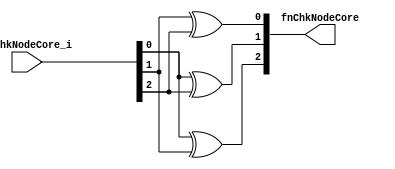
module module_fnChkNodeCore(fnChkNodeCore_i,
			    fnChkNodeCore);
  // value method fnChkNodeCore
  input  [2 : 0] fnChkNodeCore_i;
  output [2 : 0] fnChkNodeCore;

  // signals for module outputs
  wire [2 : 0] fnChkNodeCore;

  // value method fnChkNodeCore
  assign fnChkNodeCore =
	     { fnChkNodeCore_i[0] ^ fnChkNodeCore_i[1],
	       fnChkNodeCore_i[0] ^ fnChkNodeCore_i[2],
	       fnChkNodeCore_i[1] ^ fnChkNodeCore_i[2] } ;
endmodule